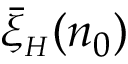
\bar { \xi } _ { { \scriptscriptstyle H } } ( n _ { 0 } )